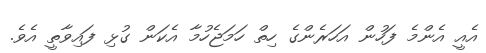
އެއީ އެންމެ ފަހުން އަހަރެންގެ ހިތް ހަމަޖެހުމާ އެކަން ގުޅި ފައިވާތީ އެވެ.